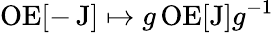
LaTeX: \operatorname{OE}[-\operatorname{J}]\mapsto g\operatorname{OE}[\operatorname{J}]g^{-1}